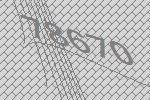
78670